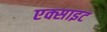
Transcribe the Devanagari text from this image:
एक्साइट